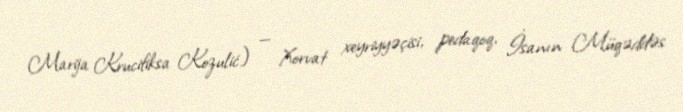
Marija Krucifiksa Kozulić) — Xorvat xeyriyyəçisi, pedaqoq, İsanın Müqəddəs